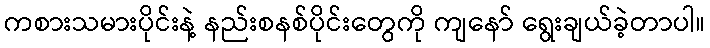
ကစားသမားပိုင်းနဲ့ နည်းစနစ်ပိုင်းတွေကို ကျနော် ရွေးချယ်ခဲ့တာပါ။